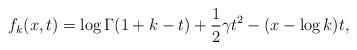
LaTeX: \begin{align*} f_{k}(x,t)= \log \Gamma(1+k-t)+ \frac{1}{2}\gamma t^2 -(x-\log k)t, \end{align*}